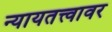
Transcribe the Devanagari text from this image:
न्यायतत्त्वावर